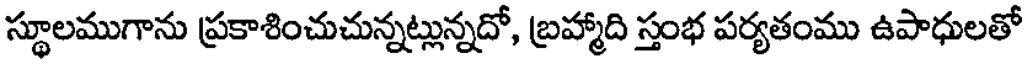
స్థూలముగాను ప్రకాశించుచున్నట్లున్నదో, బ్రహ్మాది స్తంభ పర్యతంము ఉపాధులతో